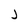
Character: j